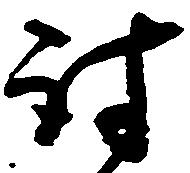
討